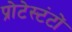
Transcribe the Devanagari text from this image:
प्रोटेस्टंटों